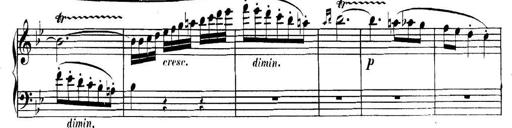
Title: Collected Piano Sonatas
Composer: Muzio Clementi